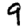
Digit: 9